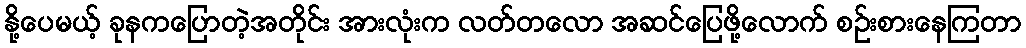
နို့ပေမယ့် ခုနကပြောတဲ့အတိုင်း အားလုံးက လတ်တလော အဆင်ပြေဖို့လောက် စဉ်းစားနေကြတာ